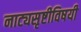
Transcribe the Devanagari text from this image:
नाट्यसृष्टीविषयी